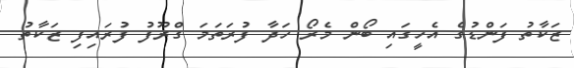
ޒަކާތު ފަންޑުގެ އެހީގައި ބޯން މެރޯ ހަދާ ފުރަތަމަ ގްރޫފު ފުރައިފި ޒަކާތު